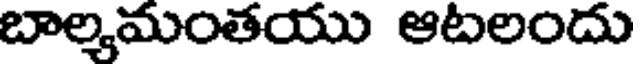
బాల్మమంతయు ఆటలందు